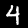
Label: 4